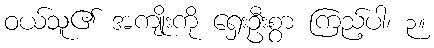
ဝယ်သူ၏ အကျိုးကို ရှေးဦးစွာ ကြည့်ပါ၊ ၃။